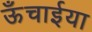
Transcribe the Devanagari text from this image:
ऊँचाईया